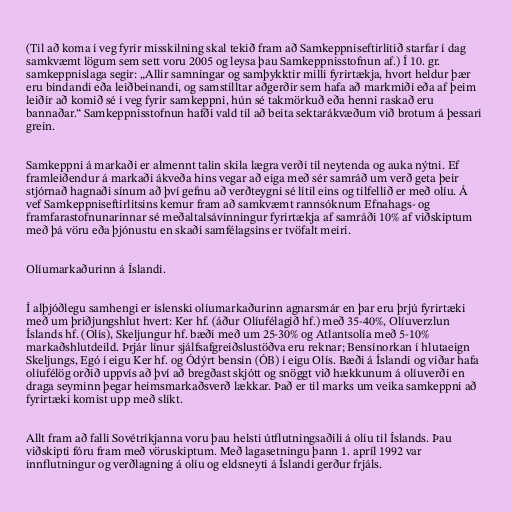
(Til að koma í veg fyrir misskilning skal tekið fram að Samkeppniseftirlitið starfar í dag
samkvæmt lögum sem sett voru 2005 og leysa þau Samkeppnisstofnun af.) Í 10. gr.
samkeppnislaga segir: „Allir samningar og samþykktir milli fyrirtækja, hvort heldur þær
eru bindandi eða leiðbeinandi, og samstilltar aðgerðir sem hafa að markmiði eða af þeim
leiðir að komið sé í veg fyrir samkeppni, hún sé takmörkuð eða henni raskað eru
bannaðar.“ Samkeppnisstofnun hafði vald til að beita sektarákvæðum við brotum á þessari
grein.

Samkeppni á markaði er almennt talin skila lægra verði til neytenda og auka nýtni. Ef
framleiðendur á markaði ákveða hins vegar að eiga með sér samráð um verð geta þeir
stjórnað hagnaði sínum að því gefnu að verðteygni sé lítil eins og tilfellið er með olíu. Á
vef Samkeppniseftirlitsins kemur fram að samkvæmt rannsóknum Efnahags- og
framfarastofnunarinnar sé meðaltalsávinningur fyrirtækja af samráði 10% af viðskiptum
með þá vöru eða þjónustu en skaði samfélagsins er tvöfalt meiri.

Olíumarkaðurinn á Íslandi.

Í alþjóðlegu samhengi er íslenski olíumarkaðurinn agnarsmár en þar eru þrjú fyrirtæki
með um þriðjungshlut hvert: Ker hf. (áður Olíufélagið hf.) með 35-40%, Olíuverzlun
Íslands hf. (Olís), Skeljungur hf. bæði með um 25-30% og Atlantsolía með 5-10%
markaðshlutdeild. Þrjár línur sjálfsafgreiðslustöðva eru reknar; Bensínorkan í hlutaeign
Skeljungs, Egó í eigu Ker hf. og Ódýrt bensín (ÓB) í eigu Olís. Bæði á Íslandi og víðar hafa
olíufélög orðið uppvís að því að bregðast skjótt og snöggt við hækkunum á olíuverði en
draga seyminn þegar heimsmarkaðsverð lækkar. Það er til marks um veika samkeppni að
fyrirtæki komist upp með slíkt.

Allt fram að falli Sovétríkjanna voru þau helsti útflutningsaðili á olíu til Íslands. Þau
viðskipti fóru fram með vöruskiptum. Með lagasetningu þann 1. apríl 1992 var
innflutningur og verðlagning á olíu og eldsneyti á Íslandi gerður frjáls.